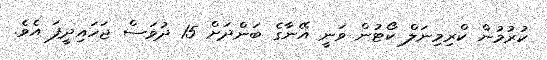
ކުރުމުން ކްރިމިނަލް ކޯޓުން ވަނީ އޭނާގެ ބަންދަށް 15 ދުވަސް ޖަހައިދީފަ އެވެ.